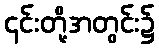
၎င်းတို့အတွင်း၌